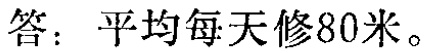
答：平均每天修80米。